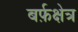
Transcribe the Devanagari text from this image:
बर्फ़क्षेत्र